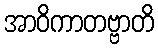
အာဝိကာတဗ္ဗာတိ